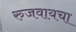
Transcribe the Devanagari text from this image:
रुजवायचा